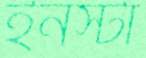
ইনস্টা